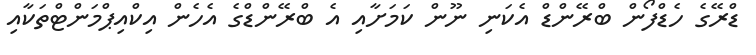
ޑްރޭގެ ހެޑްފޯން ބްރޭންޑް އެކަނި ނޫން ކަމަށާއި އެ ބްރޭންޑްގެ އެހެން އިކްއިޕްމަންޓްތަކާއި